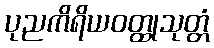
ပုညကိရိယဝတ္ထုသုတ္တံ